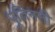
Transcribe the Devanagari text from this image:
पुतिननी